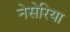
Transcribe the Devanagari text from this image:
नेसेरिया